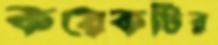
কয়েকটির